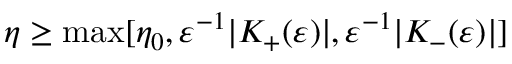
\eta \ge \operatorname* { m a x } \lbrack \eta _ { 0 } , \varepsilon ^ { - 1 } \vert K _ { + } ( \varepsilon ) \vert , \varepsilon ^ { - 1 } \vert K _ { - } ( \varepsilon ) \vert \rbrack